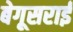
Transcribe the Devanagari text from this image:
बेगूसराई